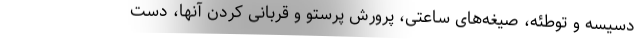
دسیسه و توطئه، صیغه‌‌های ساعتی، پرورش پرستو و قربانی کردن آنها، دست